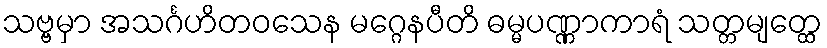
သဗ္ဗမှာ အသင်္ဂဟိတဝသေန မဂ္ဂေနပီတိ ဓမ္မပဏ္ဏာကာရံ သတ္တမျတ္ထေ